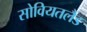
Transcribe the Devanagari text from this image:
सोवियतलैंड